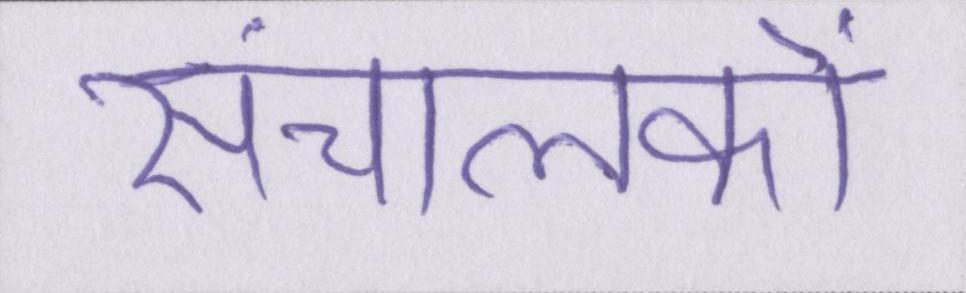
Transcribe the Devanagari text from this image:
संचालकों